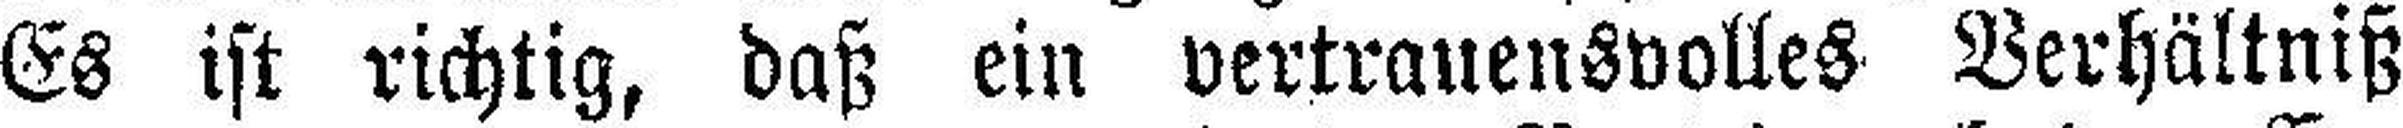
Es ist richtig, daß ein vertrauensvolles Verhältniß